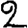
Digit: 2